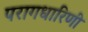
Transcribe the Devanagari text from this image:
परागधारिणी